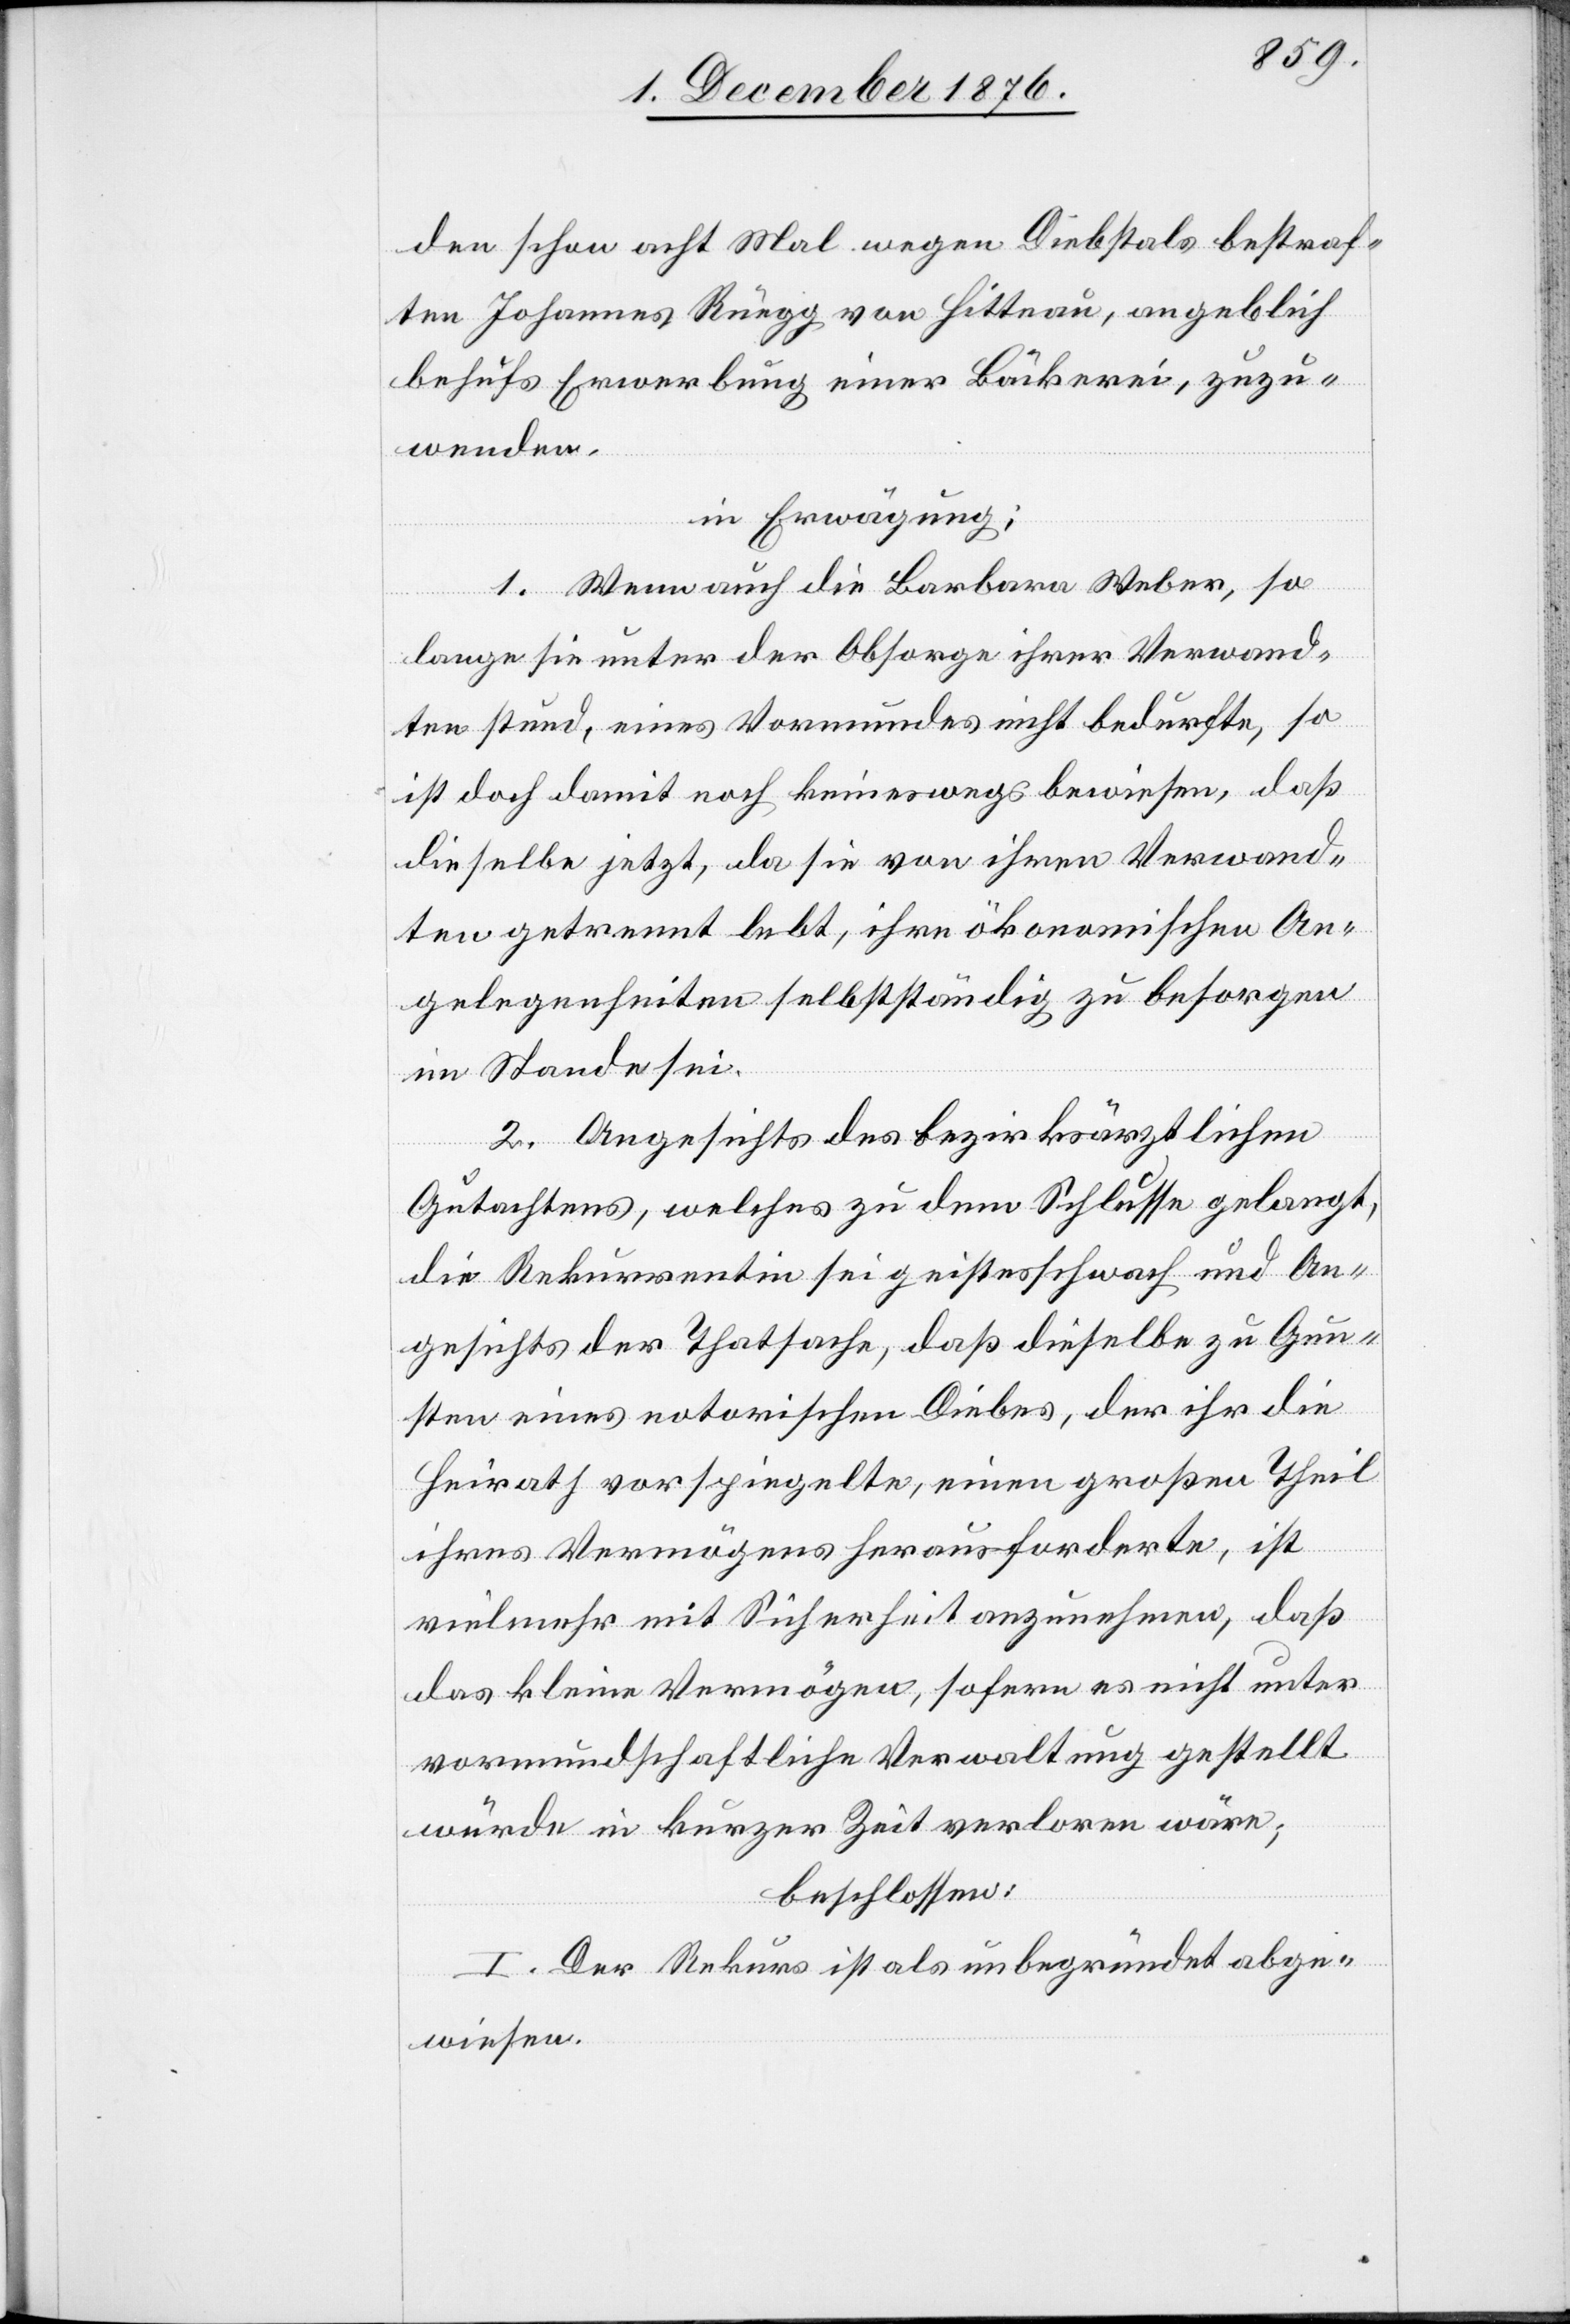
schaf¬
den schon acht Mal wegen Diebstals bestraf¬
ten Johannes Rüegg von Hittnau, angeblich
behufs Erwerbung einer Bäckerei, zuzu¬
wenden.
in Erwägung:
1. Wenn auch die Barbara Weber, so
lange sie unter der Obsorge ihrer Verwandt¬
t stand, eines Vormundes nicht bedurfte, so
ist doch damit noch keineswegs bewiesen, daß
dieselbe jetzt, da sie von ihren Verwand¬
ten getrennt lebt, ihre ökonomischen An¬
gelegenheiten selbstständig zu besorgen
im Stande sei.
2. Angesichts des bezirksräthlichen
Gutachtens, welches zu dem Schlusse gelangt,
die Rekurrentin sei geistesschwach und An¬
gesichts der Thatsache, daß dieselbe zu Gun¬
sten eines notorischen Diebes, der ihr die
Heirath vorspiegelte, einen großen Theil
ihres Vermögens herausforderte, ist
vielmehr mit Sicherheit anzunehmen, daß
das kleine Vermögen, sofern es nicht unter
vormundschaftliche Verwaltung gestellt
würde in kurzer Zeit verloren wäre;
beschlossen:
I. Der Rekurs ist als unbegründet abge¬
wiesen.